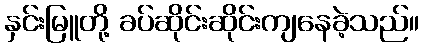
နှင်းမြူတို့ ခပ်ဆိုင်းဆိုင်းကျနေခဲ့သည်။